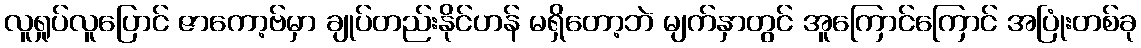
လူရှုပ်လူပြောင် ဇာကော့ဗ်မှာ ချုပ်တည်းနိုင်ဟန် မရှိတော့ဘဲ မျက်နှာတွင် အူကြောင်ကြောင် အပြုံးတစ်ခု